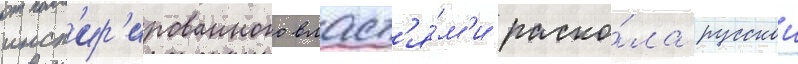
инсп'ир'ированного власт'я́м'и раско́ла русскои